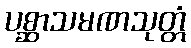
ပစ္ဆာသမဏသုတ္တံ